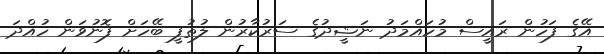
އޭގެ ފަހުން ރައީސް މުހައްމަދު ނަޝީދުގެ ސަރުކާރުން ލުތުފީ ބޭހަށް ފޮނުވަން ހުއްދަ